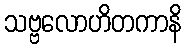
သဗ္ဗလောဟိတကာနိ